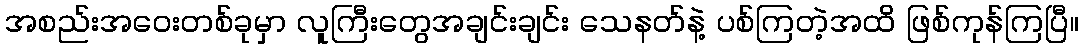
အစည်းအဝေးတစ်ခုမှာ လူကြီးတွေအချင်းချင်း သေနတ်နဲ့ ပစ်ကြတဲ့အထိ ဖြစ်ကုန်ကြပြီ။